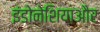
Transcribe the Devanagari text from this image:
इंडोनेशियाऔर